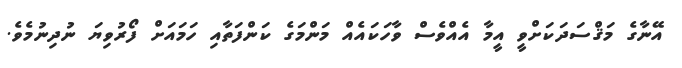
އޭނާގެ މަޤްސަދަކަށްވީ އީމާ އެއްވެސް ވާހަކައެއް މަންމަގެ ކަންފަތާއި ހަމައަށް ފޯރުވިޔަ ނުދިނުމެވެ.